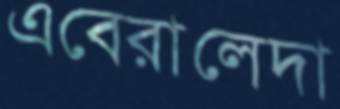
এবেরালেদা